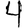
Digit: 4